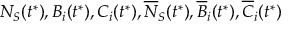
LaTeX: N _ { S } ( t ^ { * } ) , B _ { i } ( t ^ { * } ) , C _ { i } ( t ^ { * } ) , \overline { { N } } _ { S } ( t ^ { * } ) , \overline { { B } } _ { i } ( t ^ { * } ) , \overline { { C } } _ { i } ( t ^ { * } )